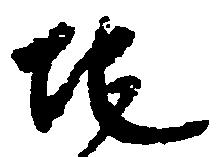
地